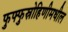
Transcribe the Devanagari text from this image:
फुफ्फुस्रोहिणीमधील